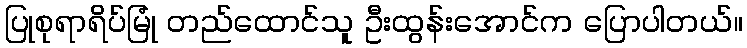
ပြုစုရာရိပ်မြုံ တည်ထောင်သူ ဦးထွန်းအောင်က ပြောပါတယ်။